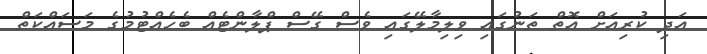
އަދި ކުރިއަށް އޮތް ތަނުގައި ވިލިމާލޭގައި ވެސް ގޭސް ޕްލާންޓެއް ބެހެއްޓުމުގެ މަސައްކަތް